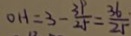
O H = 3 - \frac { 3 9 } { 2 5 } = \frac { 3 6 } { 2 5 }